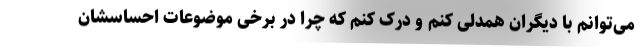
می‌توانم با دیگران همدلی کنم و درک کنم که چرا در برخی موضوعات احساسشان